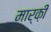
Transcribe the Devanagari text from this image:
मार्क़ी